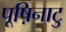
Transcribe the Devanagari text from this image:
पूष़िनाटु